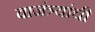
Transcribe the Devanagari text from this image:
वाजंत्र्यांची